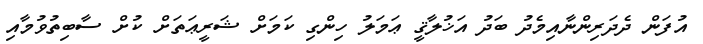
އުފަން ދެދަރިންނާއިމެދު ބަދު އަޚުލާޤީ ޢަމަލު ހިންގި ކަމަށް ޝަރީޢަތަށް ކުށް ސާބިތުވުމާއި